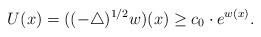
LaTeX: \begin{align*}U(x)=((-\triangle)^{1/2}w)(x)\geq c_0\cdot e^{w(x)}.\end{align*}